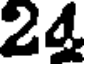
24